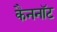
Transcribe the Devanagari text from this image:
कैननॉट